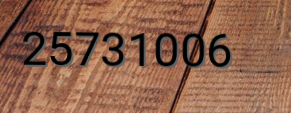
25731006